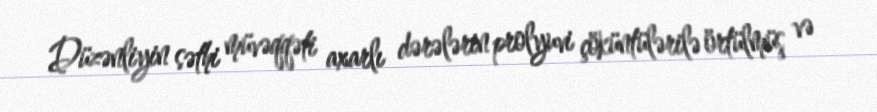
Düzənliyin səthi müvəqqəti axarlı dərələrin prolyuvi çöküntülərilə örtülmüş və